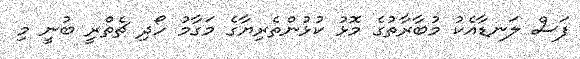
ފަސް ލަނޑާއެކު މުބާރާތުގެ މޮޅު ކުޅުންތެރިޔާގެ މަގާމު ހޯދި ޗެތްރީ ބުނީ މި